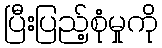
ပြီးပြည့်စုံမှုကို